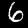
Digit: 6